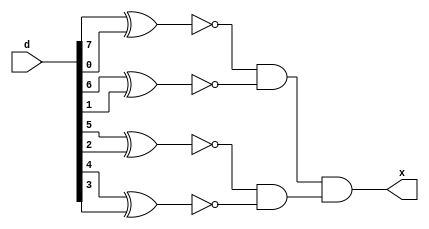
module palindrome(d,x);
input [7:0]d;
output x;
wire d1,d2,d3,d4,a,b;
xnor p(d1,d[7],d[0]);
xnor q(d2,d[6],d[1]);
xnor r(d3,d[5],d[2]);
xnor s(d4,d[4],d[3]);
and t(a,d1,d2);
and u(b,d3,d4);
and v(x,a,b);
endmodule